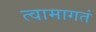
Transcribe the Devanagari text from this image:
त्वामागतं